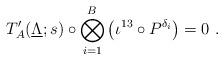
LaTeX: \begin{align*}T_A'(\underline\Lambda;s) \circ \bigotimes_{i=1}^B \big( \iota^{13} \circ P^{\delta_i} \big) = 0 \ .\end{align*}